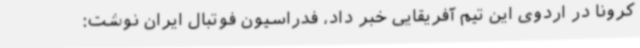
کرونا در اردوی این تیم آفریقایی خبر داد، فدراسیون فوتبال ایران نوشت: